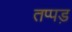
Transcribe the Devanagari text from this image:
तप्पड़